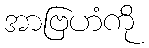
အာဗြဟံကို